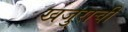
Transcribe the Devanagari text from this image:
खजुराची